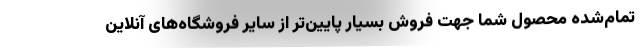
تمام‌شده محصول شما جهت فروش بسیار پایین‌تر از سایر فروشگاه‌های آنلاین